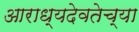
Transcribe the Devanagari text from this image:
आराध्यदेवतेच्या